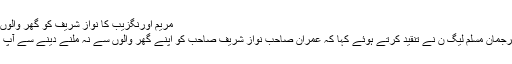
مریم اورنگزیب کا نواز شریف کو گھر والوں سے نہ ملنے دینے پر اظہارِ مذمت
لاہور(پبلک نیوز) مریم اورنگزیب ترجمان مسلم لیگ ن نے تنقید کرتے ہوئے کہا کہ عمران صاحب نواز شریف صاحب کو اپنے گھر والوں سے نہ ملنے دینے سے آپ کی نااہلی اور نالائقی کم نہیں ہو گی۔